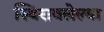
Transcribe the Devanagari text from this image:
स्थिरावलेल्या